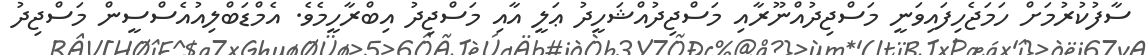
ސާފުކުރުމަށް ހަމަޖެހިފައިވަނީ މަސްޖިދުއްނޫރާއި މަސްޖިދުއްޝަހީދު ޢަލީ އާއި މަސްޖިދު އިބްރާހީމެވެ. އެމްޑަބްލިއުއެސްސީން މަސްޖިދު